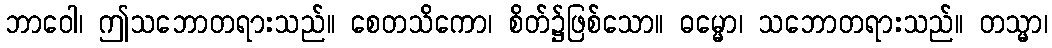
ဘာဝေါ၊ ဤသဘောတရားသည်။ စေတသိကော၊ စိတ်၌ဖြစ်သော။ ဓမ္မော၊ သဘောတရားသည်။ တသ္မာ၊